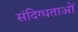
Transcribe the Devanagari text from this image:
संदिग्धताओं